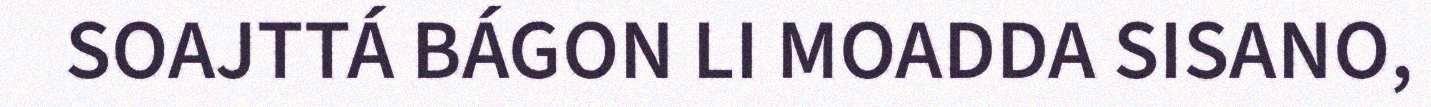
SOAJTTÁ BÁGON LI MOADDA SISANO,